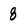
Character: 8